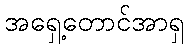
အရှေ့တောင်အာရှ